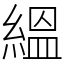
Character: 縕